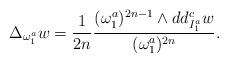
LaTeX: \begin{align*}\Delta_{\omega_1^a}w = \frac{1}{2n}\frac{(\omega_1^a)^{2n-1}\wedge dd^c_{I_1^a}w}{(\omega_1^a)^{2n}}.\end{align*}